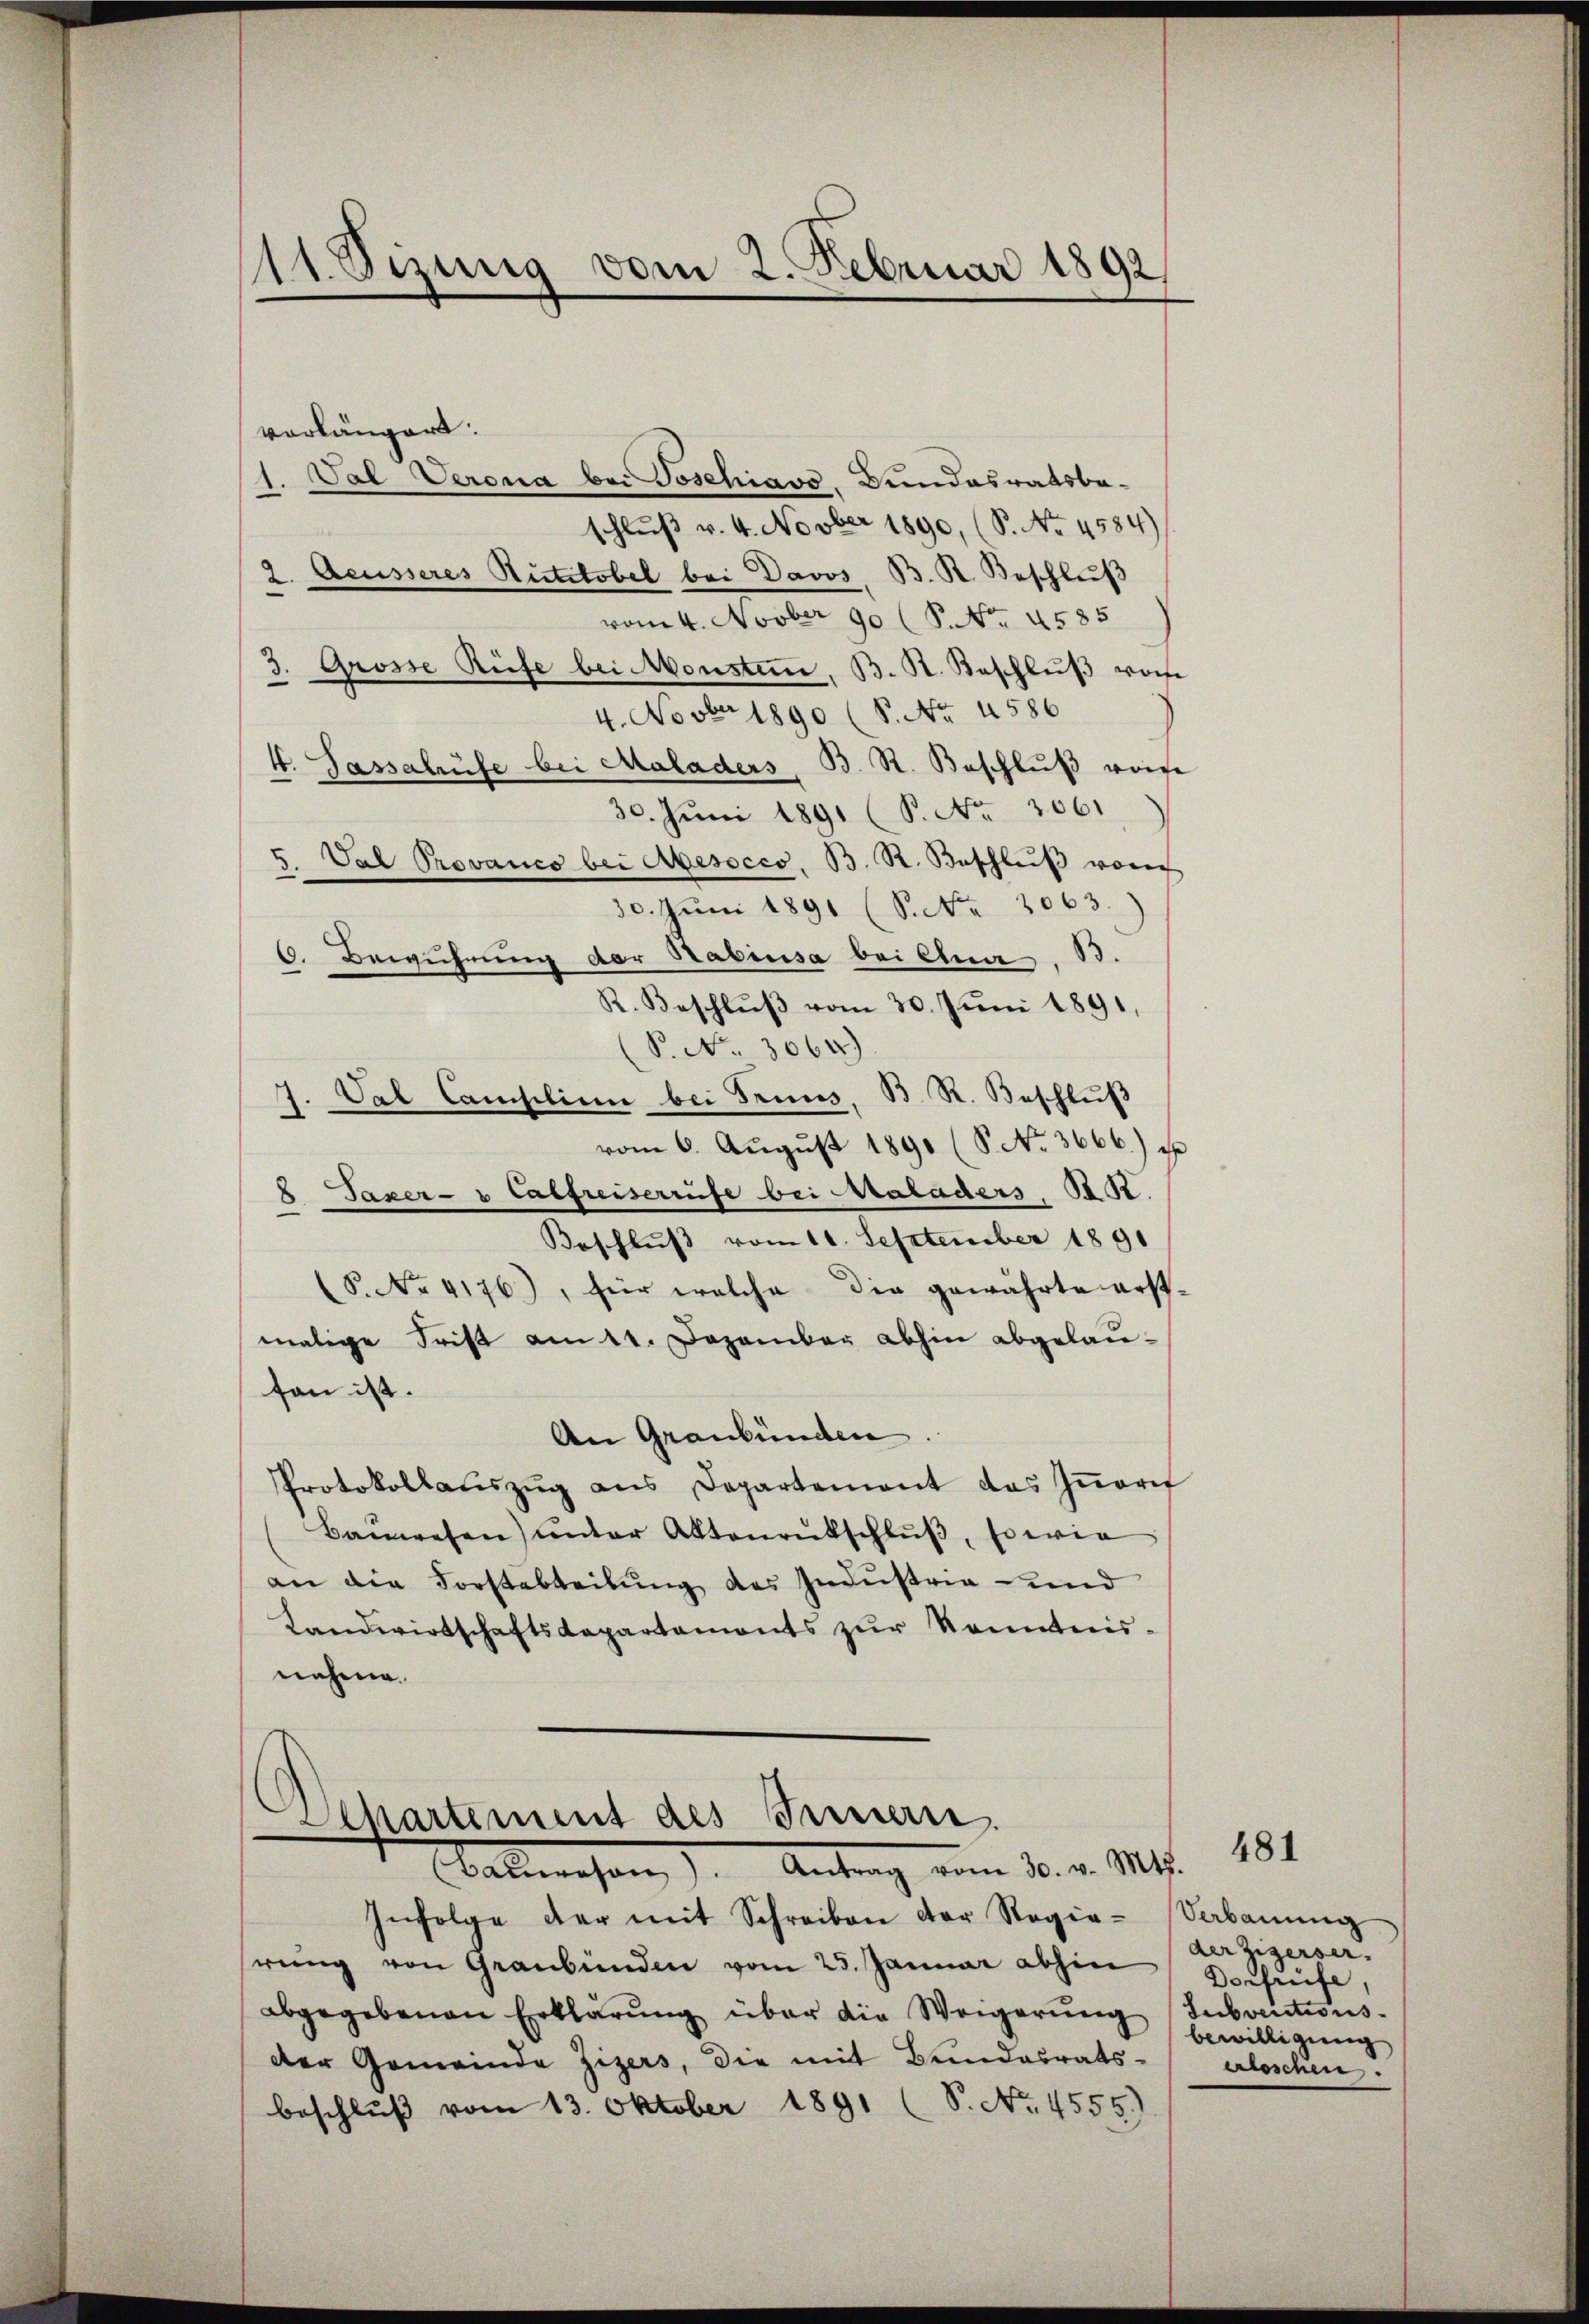
111. Sizung vom 2. Februar 1892

vorlängert.
1. Val Verena bei Doschiavo, Bundesratsbe-
schluß v. 4. Novber 1890, (S. No 4584)
2. Aeusseres Rütitobel bei Davos. B. K. Beschlŭβ
vom 4. Novber 90 (S. No. 4585
2
v. Grosse Rüfe bei Monstem, B. K. Beschlŭβ von
4. Novber 1890 (S. Nr. 4586
4. Passalrüfe bei Maladers, B. R. Beschluß weise
30. Juni 1891 (S. Nr. 2061
I. Val Provanco bei Avesoces. B. R. Beschlŭβ vom
30. Juni 1891 (S. Nr. 2063.
6. Bewuhrung der Stabiisa bei Ana. B.
R. Beschlŭβ vom 30. Juni 1891,
(P. No. 3064)
7. Val Campilium bei Truns, B. R. Beschluß
vom 6. August 1890 (S. No. 3666.) Er
8 Taxer- u Calfreiserrüfe bei Maladers. Bd.
Beschluß vom 11. September 1891
 P. No. 4176), für welche die gewährte erstmalige Frist am 11. Dezember abhin abgelaufon ist.
An Graubünden
Protokollaŭszŭg ans Departement des Iṅern
Baŭwesen) unter Aktenrutschlŭβ, sowie
an die Forstabteilung des Industria und
Landwirtschaftsdepartaments zŭr Kenntnis-
nehme.

Apartement des Innern.
Malmosen). Antrag vom 10. d. M. 181

Infolge der mit Schreiben der Regie-Vabanŭng
rŭng von Graubünden vom 25. Januar abhin verrüfe,
abgegebenen Erklärŭng über die Weigerŭng Subventions-
der Gemeinde Zizers, die mit Bundesrats-
beschluß vom 13. Oktober 1891 (S. No. 4555).

der Zizerser.
bewilligung
alsschen.